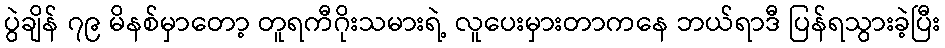
ပွဲချိန် ၇၉ မိနစ်မှာတော့ တူရကီဂိုးသမားရဲ့ လူပေးမှားတာကနေ ဘယ်ရာဒီ ပြန်ရသွားခဲ့ပြီး